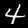
Digit: 4